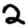
Digit: 2